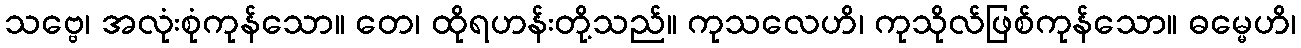
သဗ္ဗေ၊ အလုံးစုံကုန်သော။ တေ၊ ထိုရဟန်းတို့သည်။ ကုသလေဟိ၊ ကုသိုလ်ဖြစ်ကုန်သော။ ဓမ္မေဟိ၊